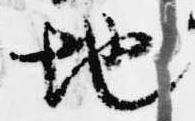
地